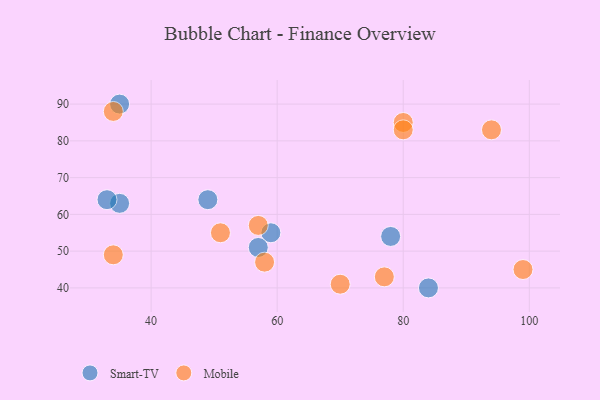
{"axis": {"x": "GDP", "y": "Life Expectancy"}, "legend": ["Mobile", "Smart-TV"], "data": [{"x": "78", "y": 54, "type": "Smart-TV"}, {"x": "59", "y": 55, "type": "Smart-TV"}, {"x": "49", "y": 64, "type": "Smart-TV"}, {"x": "84", "y": 40, "type": "Smart-TV"}, {"x": "57", "y": 51, "type": "Smart-TV"}, {"x": "35", "y": 63, "type": "Smart-TV"}, {"x": "33", "y": 64, "type": "Smart-TV"}, {"x": "35", "y": 90, "type": "Smart-TV"}, {"x": "99", "y": 45, "type": "Mobile"}, {"x": "57", "y": 57, "type": "Mobile"}, {"x": "51", "y": 55, "type": "Mobile"}, {"x": "94", "y": 83, "type": "Mobile"}, {"x": "70", "y": 41, "type": "Mobile"}, {"x": "58", "y": 47, "type": "Mobile"}, {"x": "77", "y": 43, "type": "Mobile"}, {"x": "80", "y": 85, "type": "Mobile"}, {"x": "34", "y": 88, "type": "Mobile"}, {"x": "34", "y": 49, "type": "Mobile"}, {"x": "80", "y": 83, "type": "Mobile"}]}